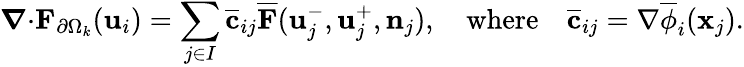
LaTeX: \boldsymbol{\nabla}{\cdot}{\mathbf{F}}_{\partial\Omega_{k}}(\mathbf{u}_{i})=\sum_{j\in I}\overline{{\mathbf{c}}}_{ij}\overline{{\mathbf{F}}}(\mathbf{u}_{j}^{-},\mathbf{u}_{j}^{+},\mathbf{n}_{j}),\quad\mathrm{where}\quad\overline{{\mathbf{c}}}_{ij}=\nabla\overline{{\phi}}_{i}(\mathbf{x}_{j}).